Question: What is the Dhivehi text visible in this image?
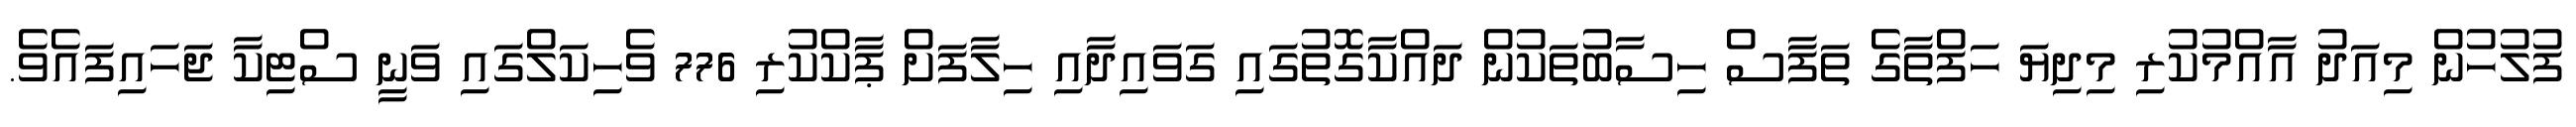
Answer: ފުލުހުން މިއަދު އާއްމުކުރި މިދިޔަ ހަފްތާގެ ތަފާސް ހިސާބުތަކުން ދައްކާގޮތުގައި ގަވައިދާއި ހިލާފަށް ޕާކްކުރި 776 ވެހިކަލްގައި ވަނީ ސްޓިކާ ޖަހައިފައެވެ.